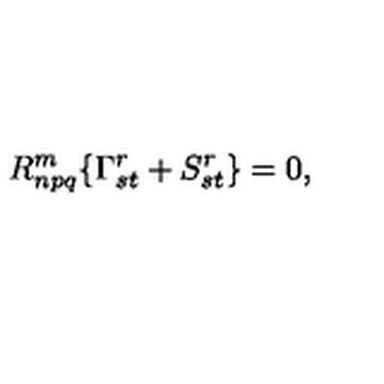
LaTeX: R _ { n p q } ^ { m } \{ \Gamma _ { s t } ^ { r } + S _ { s t } ^ { r } \} = 0 ,